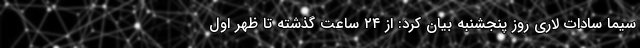
سیما سادات لاری روز پنجشنبه بیان کرد: از ۲۴ ساعت گذشته تا ظهر اول